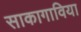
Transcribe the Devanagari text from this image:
साकागाविया